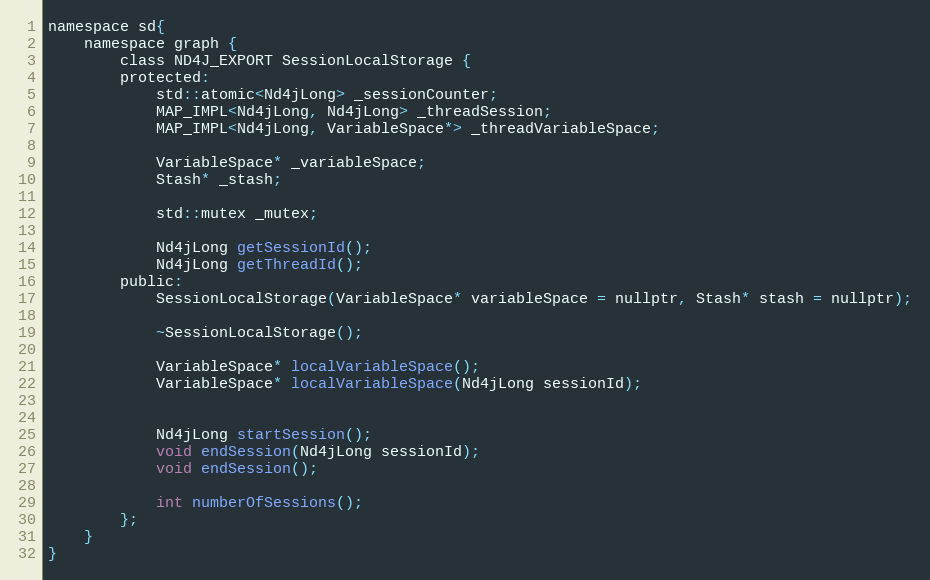
Language: C
namespace sd{
    namespace graph {
        class ND4J_EXPORT SessionLocalStorage {
        protected:
            std::atomic<Nd4jLong> _sessionCounter;
            MAP_IMPL<Nd4jLong, Nd4jLong> _threadSession;
            MAP_IMPL<Nd4jLong, VariableSpace*> _threadVariableSpace;

            VariableSpace* _variableSpace;
            Stash* _stash;

            std::mutex _mutex;

            Nd4jLong getSessionId();
            Nd4jLong getThreadId();
        public:
            SessionLocalStorage(VariableSpace* variableSpace = nullptr, Stash* stash = nullptr);

            ~SessionLocalStorage();

            VariableSpace* localVariableSpace();
            VariableSpace* localVariableSpace(Nd4jLong sessionId);

            Nd4jLong startSession();
            void endSession(Nd4jLong sessionId);
            void endSession();

            int numberOfSessions();
        };
    }
}